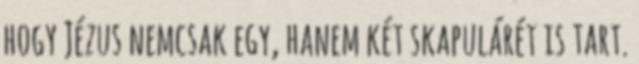
hogy Jézus nemcsak egy, hanem két skapulárét is tart.